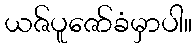
ယဇ်ပူဇော်ခံမှာပါ။